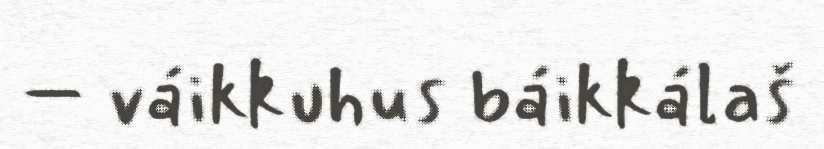
– váikkuhus báikkálaš